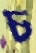
চ